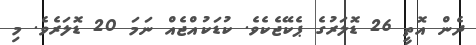
ދެން އޮތީ 26 ޑޮލަރުގެ ޕެކޭޖެކެވެ. ކުޑަކުއްޖެއް ނަމަ 20 ޑޮލަރެވެ. މި